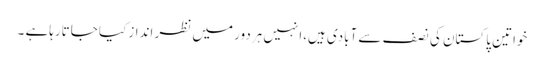
خواتین پاکستان کی نصف سے آبادی ہیں،انہیں ہردور میں نظر انداز کیا جاتارہاہے ۔